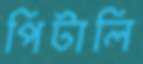
পিটালি